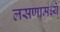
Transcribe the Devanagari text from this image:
लसणामध्ये